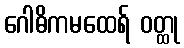
ဂေါဓိကမထေရ် ဝတ္ထု